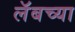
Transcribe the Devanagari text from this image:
लॅबच्या